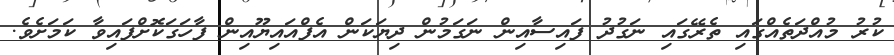
ކުރު މުއްދަތެއްގައި ތެރޭގައި ނަގުދު ފައިސާއިން ނަގަމުން ދިޔަކަން އެފްއައިޔޫއިން ފާހަގަކޮށްފައިވާ ކަމަށެވެ.